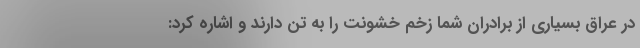
در عراق بسیاری از برادران شما زخم خشونت را به تن دارند و اشاره کرد: